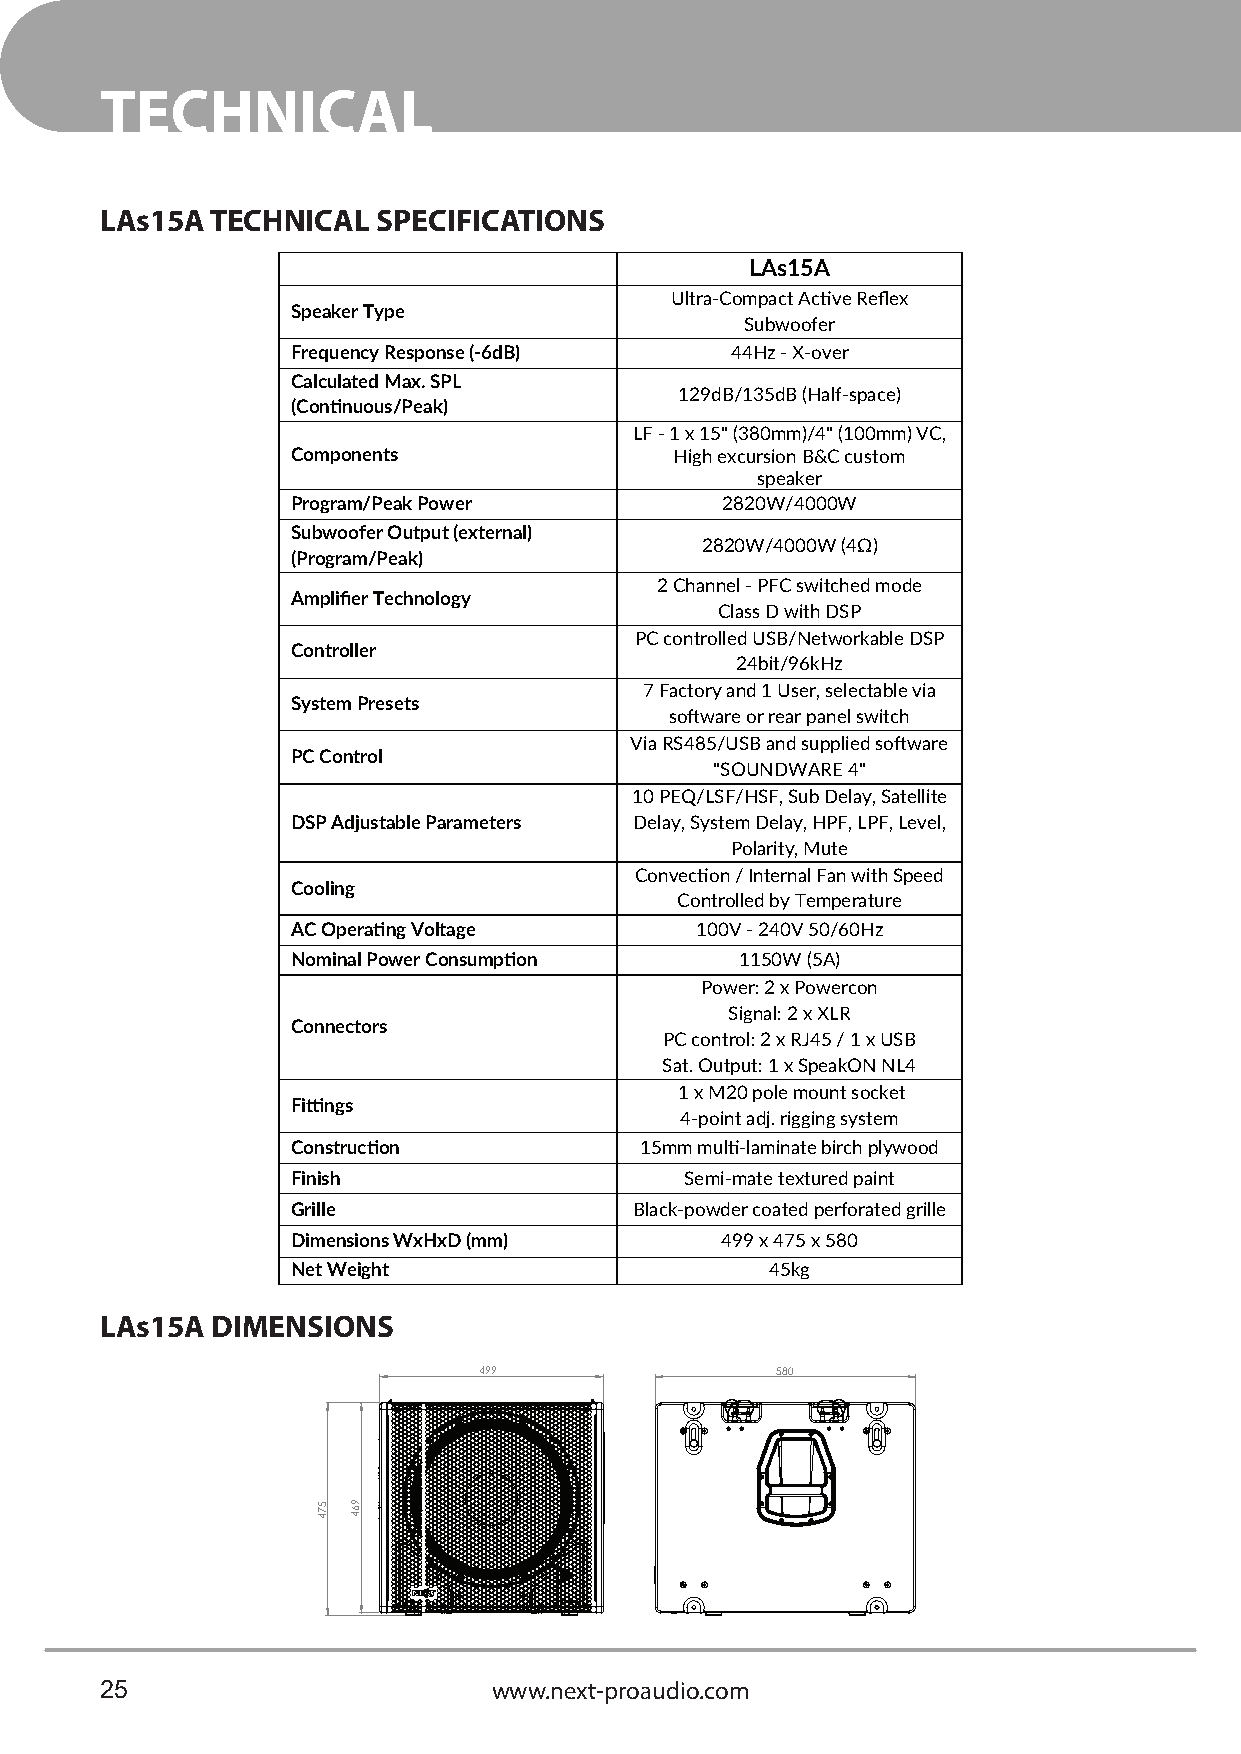
TECHNICAL
 LAs15A TECHNICAL  SPECIFICATIONS
 LAs15A
 Ultra-Compact Active Reflex
 Speaker Type
 Subwoofer
 Frequency Response (-6dB)    44Hz - X-over
 Calculated Max. SPL
 129dB/135dB (Half-space)
 (Continuous/Peak)
 LF - 1 x 15" (380mm)/4" (100mm) VC,
 Components                High excursion B&C custom
 speaker
 Program/Peak Power           2820W/4000W
 Subwoofer Output (external)
 2820W/4000W (4Ω)
 (Program/Peak)
 2 Channel - PFC switched mode
 Amplifier Technology
 Class D with DSP
 PC controlled USB/Networkable DSP
 Controller
 24bit/96kHz
 7 Factory and 1 User, selectable via
 System Presets
 software or rear panel switch
 Via RS485/USB and supplied software
 PC Control
 "SOUNDWARE 4"
 10 PEQ/LSF/HSF, Sub Delay, Satellite
 DSP Adjustable Parameters Delay, System Delay, HPF, LPF, Level,
 Polarity, Mute
 Convection / Internal Fan with Speed
 Cooling
 Controlled by Temperature
 AC Operating Voltage       100V - 240V 50/60Hz
 Nominal Power Consumption     1150W (5A)
 Power: 2 x Powercon
 Signal: 2 x XLR
 Connectors
 PC control: 2 x RJ45 / 1 x USB
 Sat. Output: 1 x SpeakON NL4
 1 x M20 pole mount socket
 Fittings
 4-point adj. rigging system
 Construction           15mm multi-laminate birch plywood
 Finish                    Semi-mate textured paint
 Grille                 Black-powder coated perforated grille
 Dimensions WxHxD (mm)        499 x 475 x 580
 Net Weight                      45kg
 LAs15A DIMENSIONS
 499                580
 25                        www.next-proaudio.com
 574 964